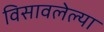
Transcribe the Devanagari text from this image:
विसावलेल्या